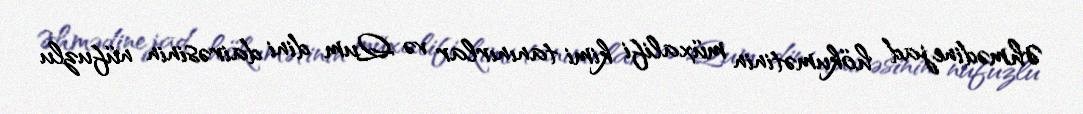
Əhmədinejad hökumətinin müxalifi kimi tanınırlar və Qum dini dairəsinin nüfuzlu